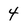
Character: 4